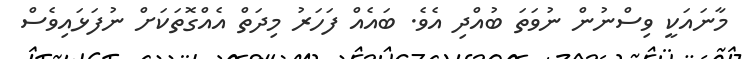
މާނައަކީ ވިސްނުން ނުވަތަ ބުއްދި އެވެ. ބައެއް ފަހަރު މިދަތް އެއްގޮތަކަށް ނުފަޅައިވެސް